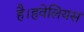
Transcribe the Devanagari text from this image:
है।हवेलियस